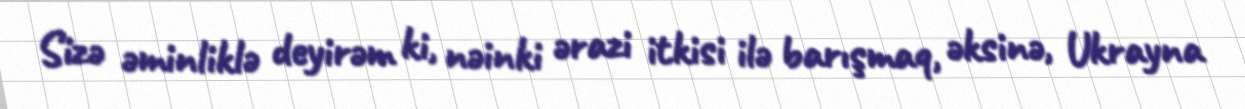
Sizə əminliklə deyirəm ki, nəinki ərazi itkisi ilə barışmaq, əksinə, Ukrayna